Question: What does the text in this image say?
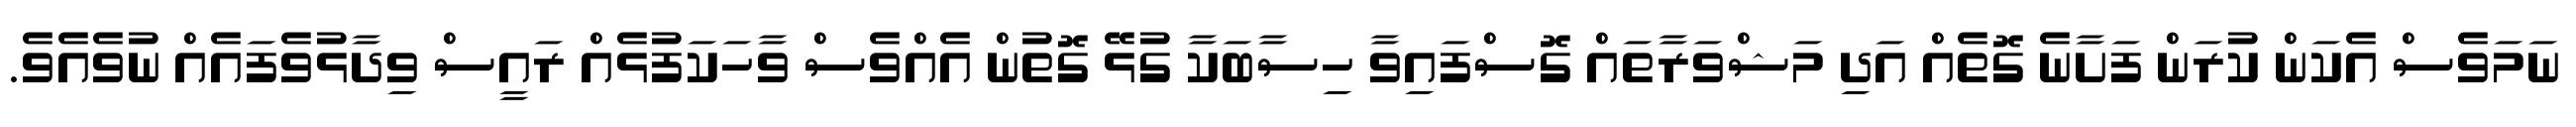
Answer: ނަމަވެސް އެކަން ކުރަން ފަށާނެ ގޮތެއް އަދި މަޝްވަރާތައް ގޮސްފައިވާ ހިސާބަކާ ގުޅޭ ގޮތުން އެއްވެސް ވާހަކަފުޅެއް ރައީސް ވިދާޅުވެފައެއް ނުވެއެވެ.